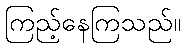
ကြည့်နေကြသည်။